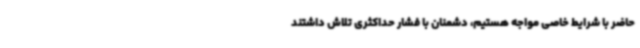
حاضر با شرایط خاصی مواجه هستیم، دشمنان با فشار حداکثری تلاش داشتند